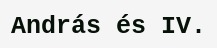
András és IV.